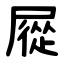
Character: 㞞